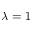
\lambda = 1